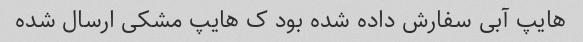
هایپ آبی سفارش داده شده بود ک هایپ مشکی ارسال شده